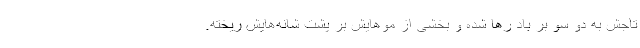
تاجش به دو سو بر باد رها شده و بخشی از موهایش بر پشت شانه‌هایش ریخته.